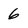
Character: 6